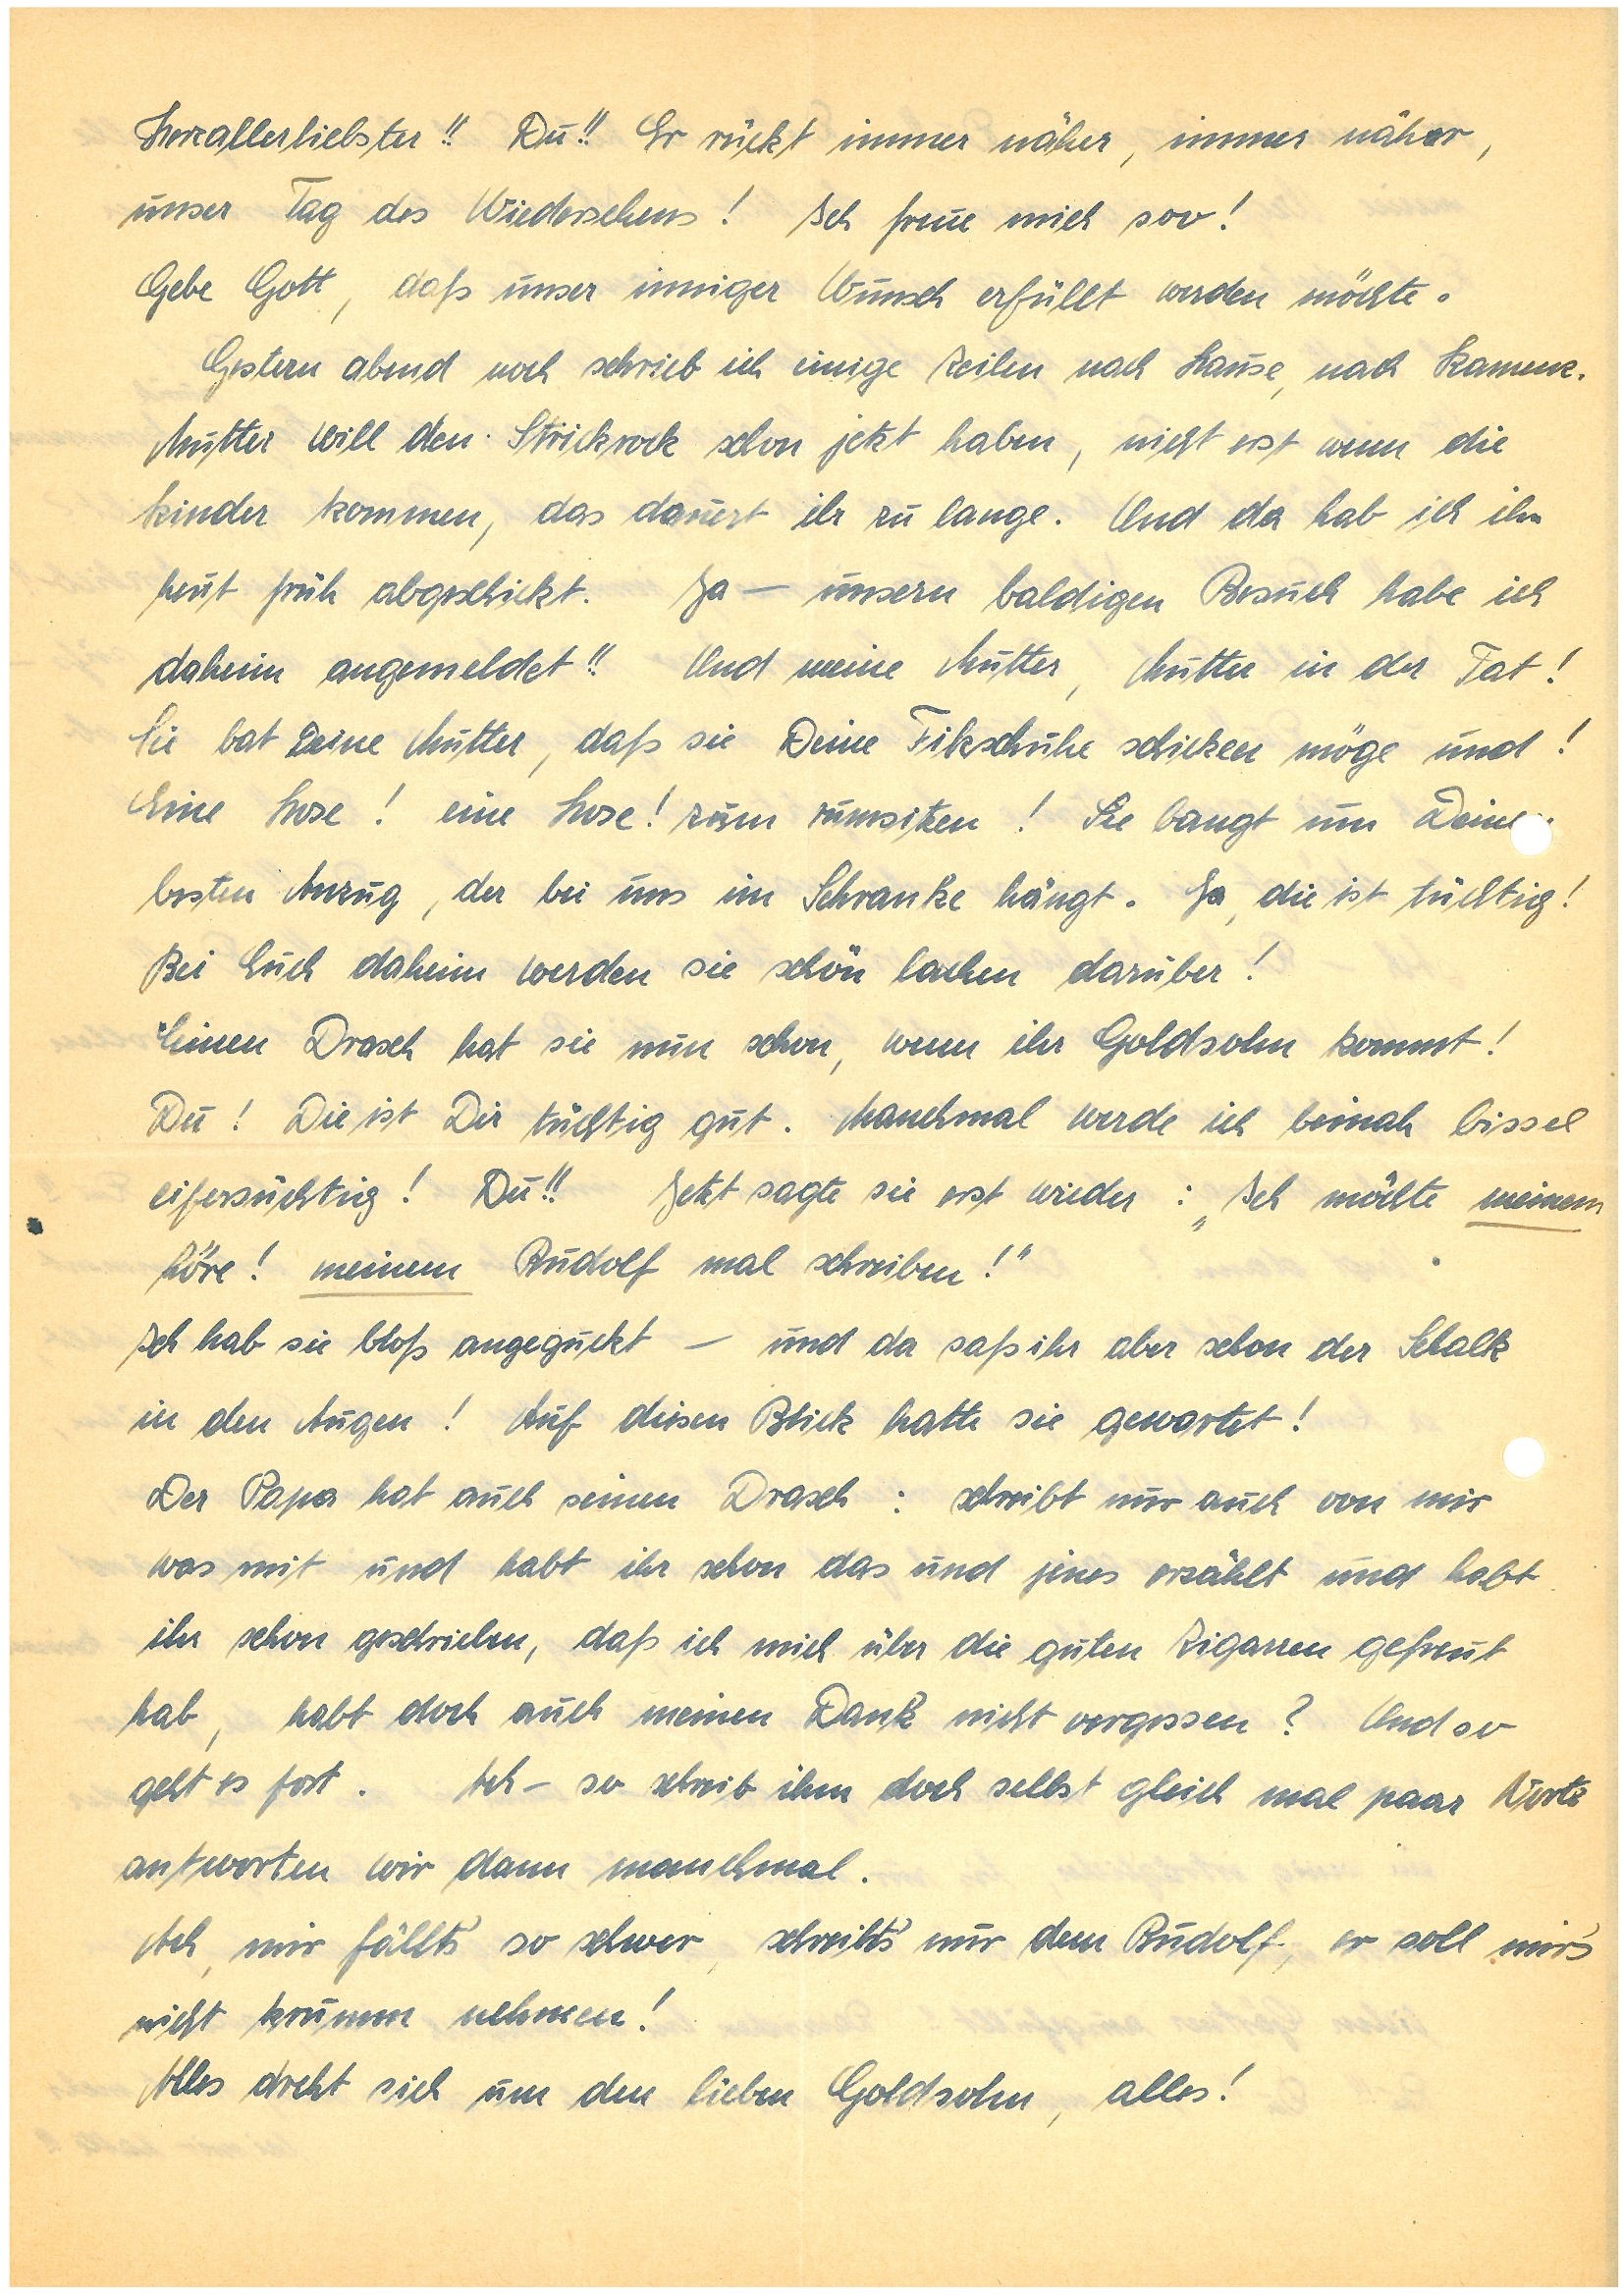
Herzallerliebster!! Du!! Er rückt immer näher, immer näher,
unser Tag des Wiedersehens! Ich freue mich soo!
Gebe Gott, daß unser inniger Wunsch erfüllt werden möchte.
Gestern abend noch schrieb ich einige Zeilen nach Hause, nach K.
Mutter will den Strickrock schon jetzt haben, nicht erst wenn die
Kinder kommen, das dauert ihr zu lange. Und da hab ich ihn
heut früh abgeschickt. Ja – unseren baldigen Besuch habe ich
daheim angemeldet!! Und meine Mutter, Mutter in der Tat!
Sie bat Deine Mutter, daß sie Deine Filzschuhe schicken möge und!
Eine Hose! eine Hose! zum rumsitzen! Sie bangt um Deine
besten Anzug, der bei uns im Schrank hängt. Ja, die ist tüchtig!
Bei Euch daheim werden sie schön lachen darüber!
Einen Drasch hat sie nun schon, wenn ihr Goldsohn kommt!
Du! Die ist Dir tüchtig gut. Manchmal werde ich beinah bissel
eifersüchtig! Du!! Jetzt sagte sie erst wieder: „Ich möchte meinem
höre! meinem mal schreiben!“
Ich hab sie bloß angeguckt – und da saß ihr aber schon der Schalk
in den Augen! Auf diesen Blick hatte sie gewartet!
Der Papa hat auch seinen Drasch: schreibt nur auch von mir
was mit und habt ihr das und jenes erzählt und habt
ihr schon geschrieben, daß ich mich über die guten Zigarren gefreut
hab, habt doch auch meinen Dank nicht vergessen? Und so
geht es fort.Ach – so schreib ihm doch selbst gleich mal paar Worte
antworten wir dann manchmal.
Ach, mir fällt’s so schwer, schreibt’s nur dem , er soll mir’s
nicht krumm nehmen!
Alles dreht sich um den lieben Goldsohn, alles!